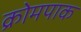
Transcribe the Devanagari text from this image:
क्रोमपाक